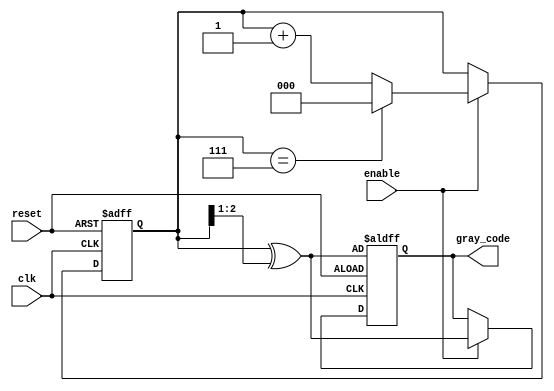
module gray_code_counter (
    input wire clk,          // Clock input
    input wire reset,        // Asynchronous reset
    input wire enable,       // Enable signal
    output reg [2:0] gray_code // 3-bit Gray code output
);

    reg [2:0] binary_count;  // 3-bit binary counter

    // Convert binary to Gray code
    function [2:0] binary_to_gray;
        input [2:0] binary;
        begin
            binary_to_gray = binary ^ (binary >> 1);
        end
    endfunction

    // Asynchronous reset and counting logic
    always @(posedge clk or posedge reset) begin
        if (reset) begin
            binary_count <= 3'b000; // Initialize binary count to 0
            gray_code <= binary_to_gray(binary_count); // Initialize Gray code
        end else if (enable) begin
            // Increment binary count
            binary_count <= binary_count + 1;

            // Handle overflow for 3-bit counter (wrap around)
            if (binary_count == 3'b111) begin
                binary_count <= 3'b000; // Wrap around
            end

            // Update Gray code
            gray_code <= binary_to_gray(binary_count);
        end
    end

endmodule